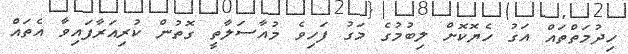
ހިދުމަތްތައް އަގު ހެޔޮކޮށް ލިބުމުގެ މަގު ފަހިވެ މުއާސަލާތީ ގޮތުން ކުރިއަރާފައިވާ އެތައް